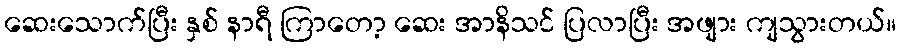
ဆေးသောက်ပြီး နှစ် နာရီ ကြာတော့ ဆေး အာနိသင် ပြလာပြီး အဖျား ကျသွားတယ်။